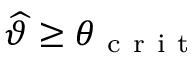
\widehat { \vartheta } \geq \theta _ { \mathrm { ~ c ~ r ~ i ~ t ~ } }